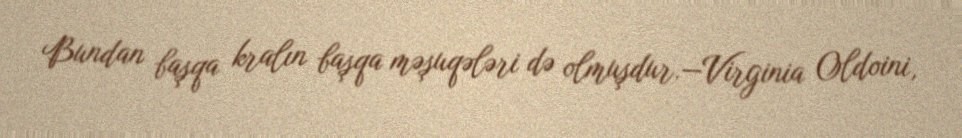
Bundan başqa kralın başqa məşuqələri də olmuşdur.—Virginia Oldoini,